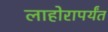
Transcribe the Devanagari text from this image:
लाहोरापर्यंत